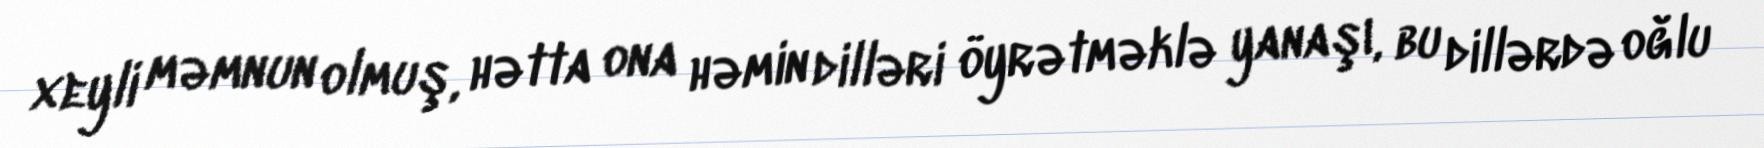
xeyli məmnun olmuş, hətta ona həmin dilləri öyrətməklə yanaşı, bu dillərdə oğlu